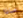
ماذا